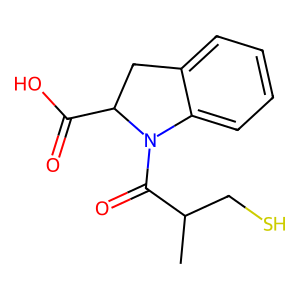
SMILES: CC(CS)C(=O)N1c2ccccc2CC1C(=O)O
Inhibits HIV replication: No